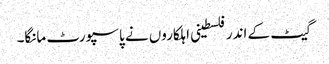
گیٹ کے اندر فلسطینی اہلکاروں نے پاسپورٹ مانگا۔